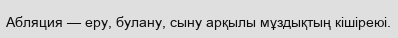
Абляция — еру, булану, сыну арқылы мұздықтың кішіреюі.